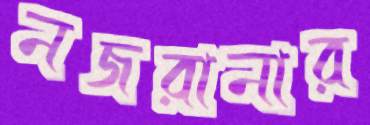
নজরানার